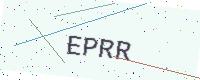
Text: EPRR